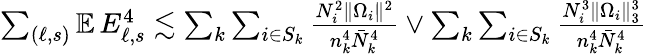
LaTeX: \begin{array}{r}{\sum_{(\ell,s)}\mathbb{E}\, E_{\ell,s}^{4}\lesssim\sum_{k}\sum_{i\in S_{k}}\frac{N_{i}^{2}\| \Omega_{i}\| ^{2}}{n_{k}^{4}\bar{N}_{k}^{4}}\vee\sum_{k}\sum_{i\in S_{k}}\frac{N_{i}^{3}\| \Omega_{i}\| _{3}^{3}}{n_{k}^{4}\bar{N}_{k}^{4}}}\end{array}